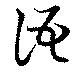
語